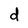
Character: d